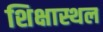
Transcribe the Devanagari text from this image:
शिक्षास्थल